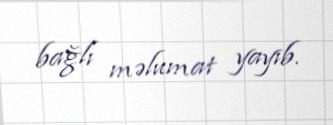
bağlı məlumat yayıb.